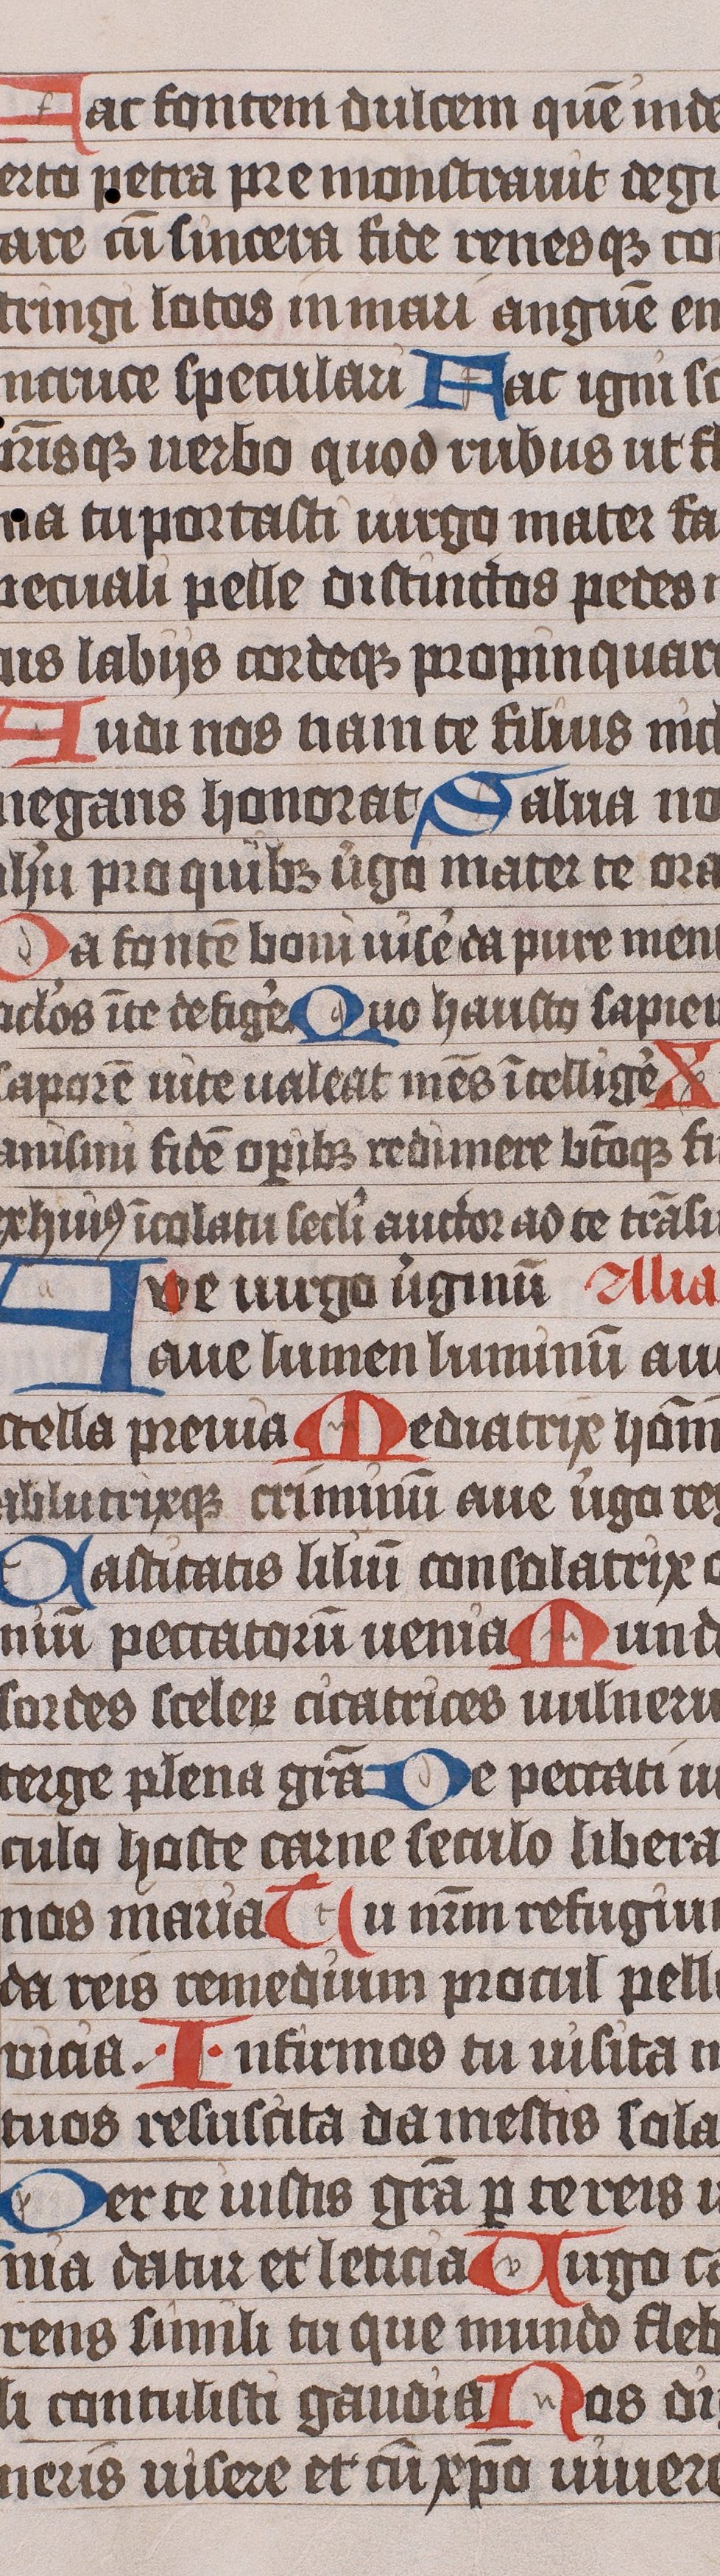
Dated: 1445–1475